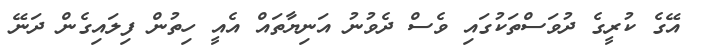
އޭގެ ކުރީގެ ދުވަސްތަކުގައި ވެސް ދެވުނު އަނިޔާތައް އެއީ ހިތުން ފިލައިގެން ދަނޭ